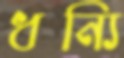
ধন্যি